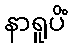
နာရူပိံ